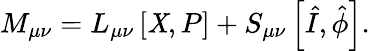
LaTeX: M_{\mu\nu}=L_{\mu\nu}\left[\mathit{X},P\right]+S_{\mu\nu}\left[\hat{{I}},\hat{{\phi}}\right].